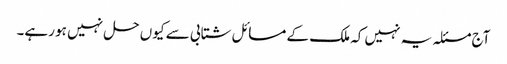
آج مسئلہ یہ نہیں کہ ملک کے مسائل شتابی سے کیوں حل نہیں ہو رہے۔